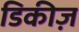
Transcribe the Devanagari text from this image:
डिकीज़